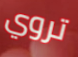
تروي